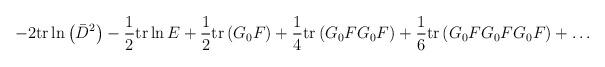
LaTeX: \begin{align*}-2\mathrm{tr}\ln\left(\bar{D}^2\right)-\frac{1}{2}\mathrm{tr}\ln E+\frac{1}{2}\mathrm{tr}\left(G_0F\right)+\frac{1}{4}\mathrm{tr}\left(G_0FG_0F\right)+\frac{1}{6}\mathrm{tr}\left(G_0FG_0FG_0F\right)+\ldots\end{align*}